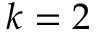
k = 2